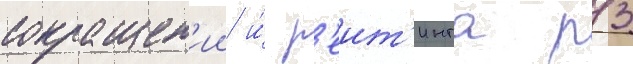
сокращен'ии и́ р'еит'инга р13